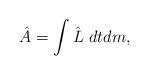
LaTeX: \begin{align*}\hat{A}=\int \hat{L}\ dtdm, \end{align*}